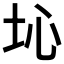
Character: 𡉾